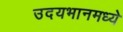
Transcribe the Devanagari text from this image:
उदयभानमध्ये